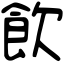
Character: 飲